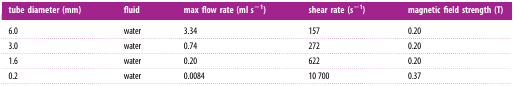
<table><thead><tr><td><b>tube diameter (mm)</b></td><td><b>fluid</b></td><td><b>max flow rate (ml s<sup>−1</sup>)</b></td><td><b>shear rate (s<sup>−1</sup>)</b></td><td><b>magnetic field strength (T)</b></td></tr></thead><tbody><tr><td>6.0</td><td>water</td><td>3.34</td><td>157</td><td>0.20</td></tr><tr><td>3.0</td><td>water</td><td>0.74</td><td>272</td><td>0.20</td></tr><tr><td>1.6</td><td>water</td><td>0.20</td><td>622</td><td>0.20</td></tr><tr><td>0.2</td><td>water</td><td>0.0084</td><td>10 700</td><td>0.37</td></tr></tbody></table>